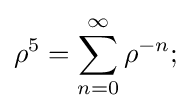
\rho ^{5}=\sum _{n=0}^{\infty }\rho ^{-n};